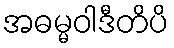
အဓမ္မဝါဒီတိပိ